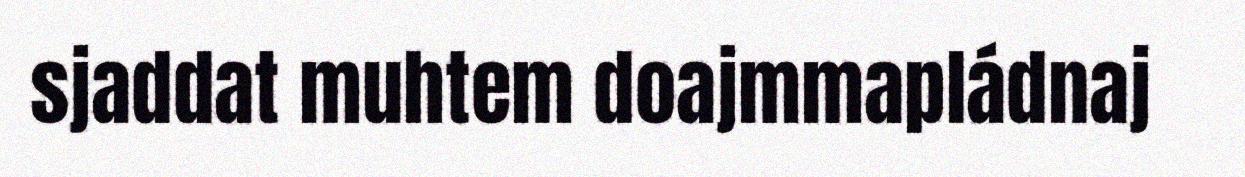
sjaddat muhtem doajmmapládnaj